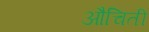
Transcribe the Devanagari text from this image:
औचिती